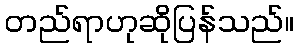
တည်ရာဟုဆိုပြန်သည်။